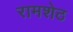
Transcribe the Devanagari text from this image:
रामशेठ